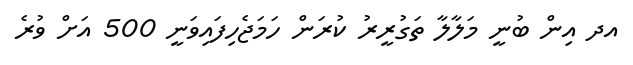
އދ އިން ބުނީ މަލާލާ ތަގުރީރު ކުރަން ހަމަޖެހިފައިވަނީ 500 އަށް ވުރެ